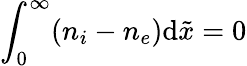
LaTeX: \int_{0}^{\infty}(n_{i}-n_{e})\mathrm{d}\tilde{{x}}=0